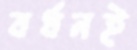
বর্ধনই